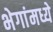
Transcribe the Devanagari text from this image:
भेगांमध्ये